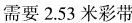
需要2.53米彩带